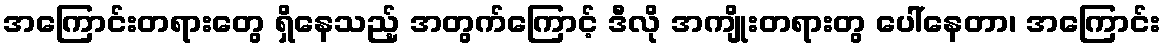
အကြောင်းတရားတွေ ရှိနေသည့် အတွက်ကြောင့် ဒီလို အကျိုးတရားတွ ပေါ်နေတာ၊ အကြောင်း